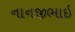
નાનજીભાઇ